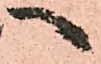
へ